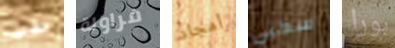
حفرت فراولة أمجاد سكني بورا